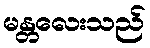
မန္တလေးသည်